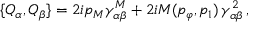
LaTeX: \{ Q _ { \alpha } , Q _ { \beta } \} = 2 i p _ { M } \gamma _ { \alpha \beta } ^ { M } + 2 i M ( p _ { \varphi } , p _ { 1 } ) \, \gamma _ { \alpha \beta } ^ { 2 } \, ,